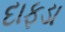
દાફડા